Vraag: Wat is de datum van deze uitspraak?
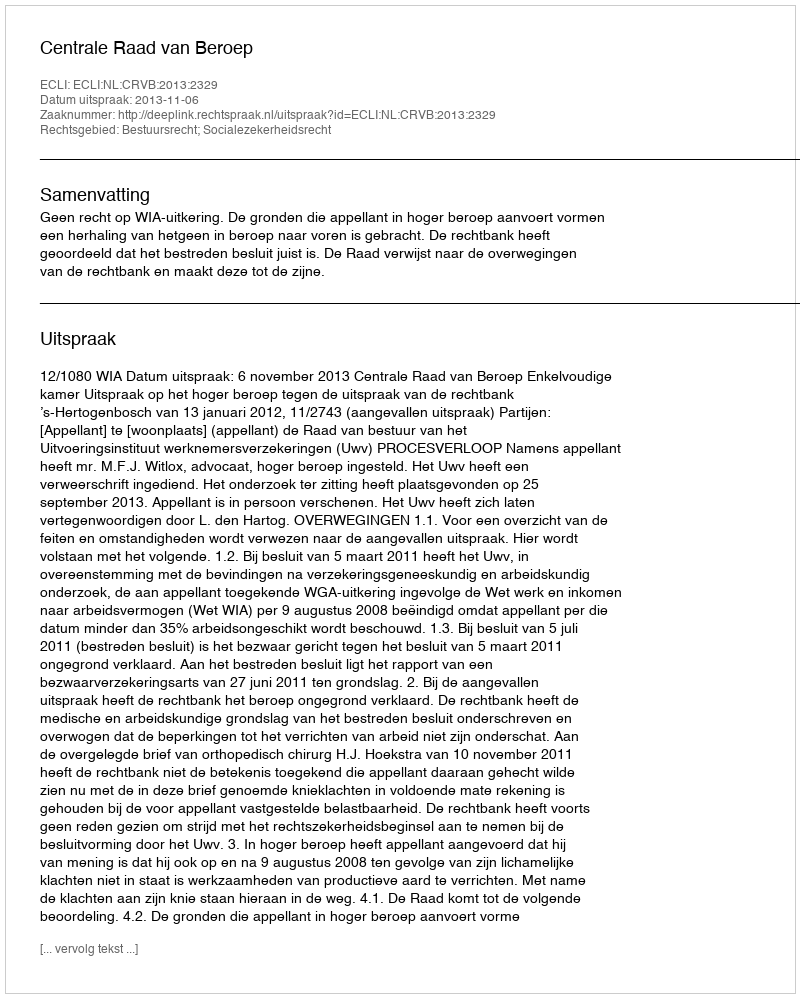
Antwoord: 2013-11-06